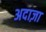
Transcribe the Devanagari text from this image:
अदाज़ा